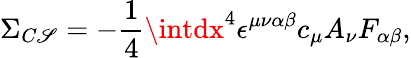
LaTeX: \Sigma_{C\mathscr{S}}=-\frac{{1}}{{4}}\intdx^{4}\epsilon^{\mu\nu\alpha\beta}c_{\mu}A_{\nu}F_{\alpha\beta},